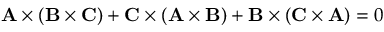
\mathbf { A } \times ( \mathbf { B } \times \mathbf { C } ) + \mathbf { C } \times ( \mathbf { A } \times \mathbf { B } ) + \mathbf { B } \times ( \mathbf { C } \times \mathbf { A } ) = 0